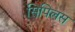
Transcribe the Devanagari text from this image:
सिपिलस